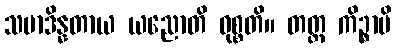
သမာဒိန္နတာယ ယညောတိ ဝုစ္စတိ။ တတ္ထ ကိဉ္စာပိ